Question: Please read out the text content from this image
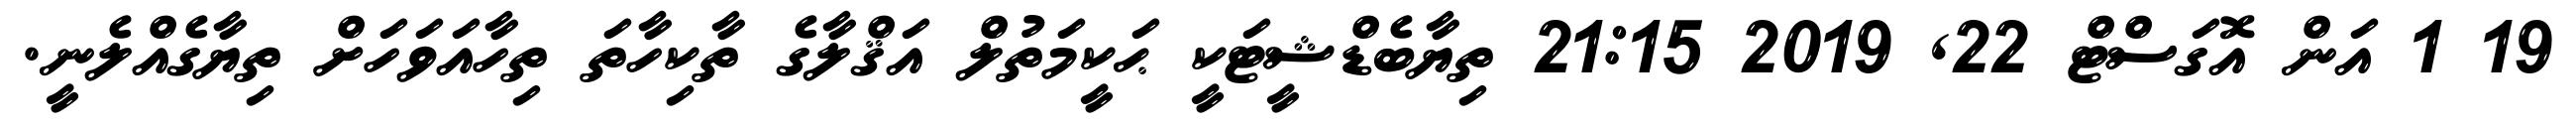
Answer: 19 1 އަން އޮގަސްޓް 22, 2019 21:15 ތިޔާބެޑްޝީޓަކީ ޙަކީމަތުލް އަޤްލާގެ ތާކިހާތަ ތިހާއަވަހަށް ތިޔާގެއްލެނީ.